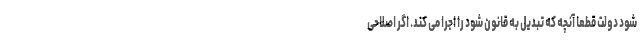
شود دولت قطعا آنچه که تبدیل به قانون شود را اجرا می کند. اگر اصلاحی